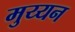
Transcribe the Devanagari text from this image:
मुय्यन